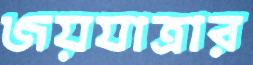
জয়যাত্রার